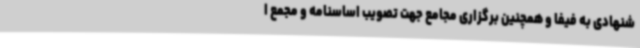
شنهادی به فیفا و همچنین برگزاری مجامع جهت تصویب اساسنامه و مجمع ا